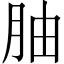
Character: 𫆚